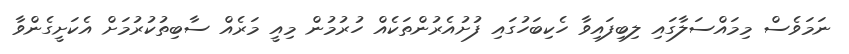
ނަމަވެސް މިމައްސަލާގައި ލިބިފައިވާ ހެކިބަހުގައި ފުށުއެރުންތަކެއް ހުރުމުން މިއީ މަރެއް ސާބިތުކުރުމަށް އެކަށީގެންވާ